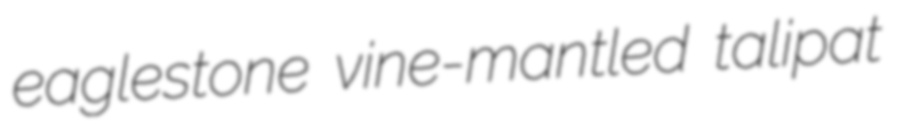
eaglestone vine-mantled talipat